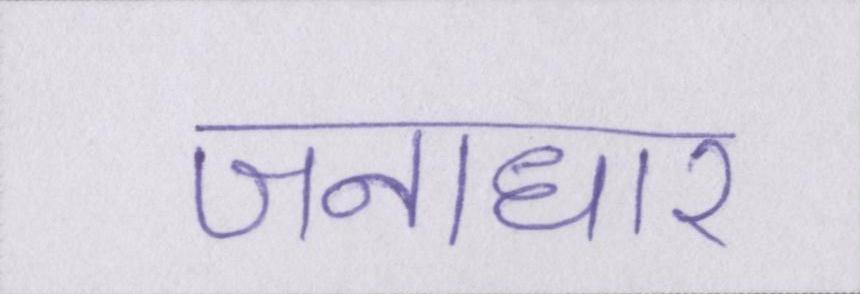
जनाधार